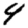
Digit: 4